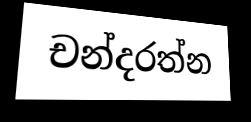
චන්දරත්න